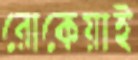
রোকেয়াই